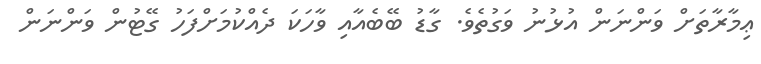
ޢިމާރާތަށް ވަންނަން އުޅުނު ވަގުތެވެ. ގާޑު ބޭބެއާއި ވާހަކަ ދެއްކުމަށްފަހު ގޭޓުން ވަންނަން